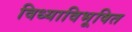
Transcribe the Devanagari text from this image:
विध्याविभूषित